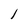
Character: l